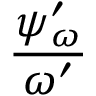
\frac { { \psi } _ { \omega } ^ { \prime } } { \omega ^ { \prime } }